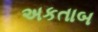
અકતાબ